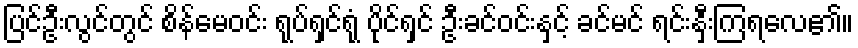
ပြင်ဦးလွင်တွင် စိန်မေဝင်း ရုပ်ရှင်ရုံ ပိုင်ရှင် ဦးခင်ဝင်းနှင့် ခင်မင် ရင်းနှီးကြရလေ၏။